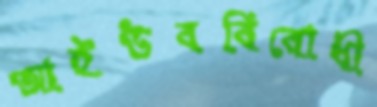
আইউববিরোধী